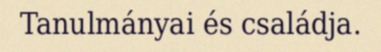
Tanulmányai és családja.